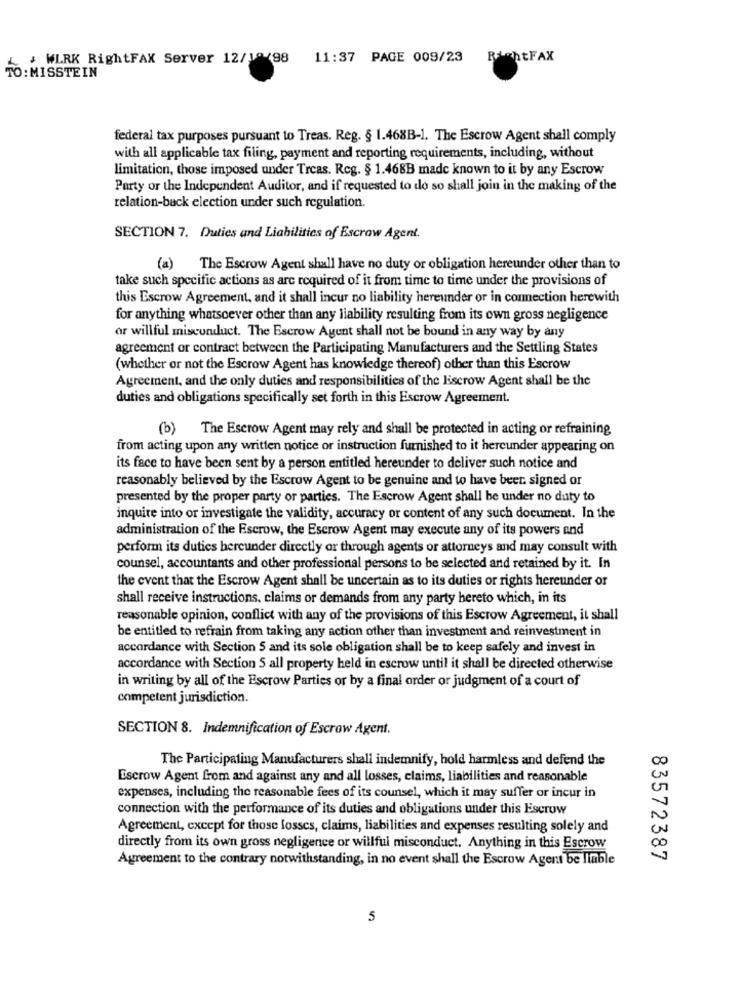
+ WLRK RightFAX Server 12/10/98
11:37 PAGE 009/23
RightFAX
TO: MISSTEIN
federal tax purposes pursuant to Treas. Reg. § 1.468B-1. The Escrow Agent shall comply
with all applicable tax filing, payment and reporting requirements, including, without
limitation, those imposed under Treas. Reg. § 1.468B made known to it by any Escrow
Party or the Independent Auditor, and if requested to do so shall join in the making of the
relation-back election under such regulation.
SECTION 7. Duties and Liabilities of Escrow Agent.
(a)
The Escrow Agent shall have no duty or obligation hereunder other than to
take such specific actions as are required of it from time to time under the provisions of
this Escrow Agreement, and it shall incur no liability hereunder or in connection herewith
for anything whatsoever other than any liability resulting from its own gross negligence
or willful misconduct. The Escrow Agent shall not be bound in any way by any
agreement or contract between the Participating Manufacturers and the Settling States
(whether or not the Escrow Agent has knowledge thereof) other than this Escrow
Agreement, and the only duties and responsibilities of the liscrow Agent shall be the
duties and obligations specifically set forth in this Escrow Agreement.
(b) The Escrow Agent may rely and shall be protected in acting or refraining
from acting upon any written notice or instruction furnished to it hereunder appearing on
its face to have been sent by a person entitled hereunder to deliver such notice and
reasonably believed by the Escrow Agent to be genuine and to have beer. signed or
presented by the proper party or parties. The Escrow Agent shall be under no duty to
inquire into or investigate the validity, accuracy or content of any such document. In the
administration of the Escrow, the Escrow Agent may execute any of its powers and
perform its duties hereunder directly or through agents or attorneys and may consult with
counsel, accountants and other professional persons to be selected and retained by it. In
the event that the Escrow Agent shall be uncertain as to its duties or rights hereunder or
shall receive instructions, claims or demands from any party hereto which, in its
reasonable opinion, conflict with any of the provisions of this Escrow Agreement, it shall
be entitled to refrain from taking any action other than investment and reinvestment in
accordance with Section 5 and its sole obligation shall be to keep safely and invest in
accordance with Section 5 all property held in escrow until it shall be directed otherwise
in writing by all of the Escrow Parties or by a final order or judgment of a court of
competent jurisdiction.
SECTION 8. Indemnification of Escrow Agent.
The Participating Manufacturers shall indemnify, hold harmless and defend the
Escrow Agent from and against any and all losses, claims, liabilities and reasonable
expenses, including the reasonable fees of its counsel, which it may suffer or incur in
connection with the performance of its duties and obligations under this Escrow
Agreement, except for those losses, claims, liabilities and expenses resulting solely and
directly from its own gross negligence or willful misconduct. Anything in this Escrow
Agreement to the contrary notwithstanding, in no event shall the Escrow Agent be liable
83572387
5